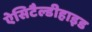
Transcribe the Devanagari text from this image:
ऐसिटैल्डीहाइड